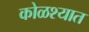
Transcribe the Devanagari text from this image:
कोळश्यात